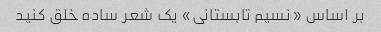
بر اساس «نسیم تابستانی» یک شعر ساده خلق کنید